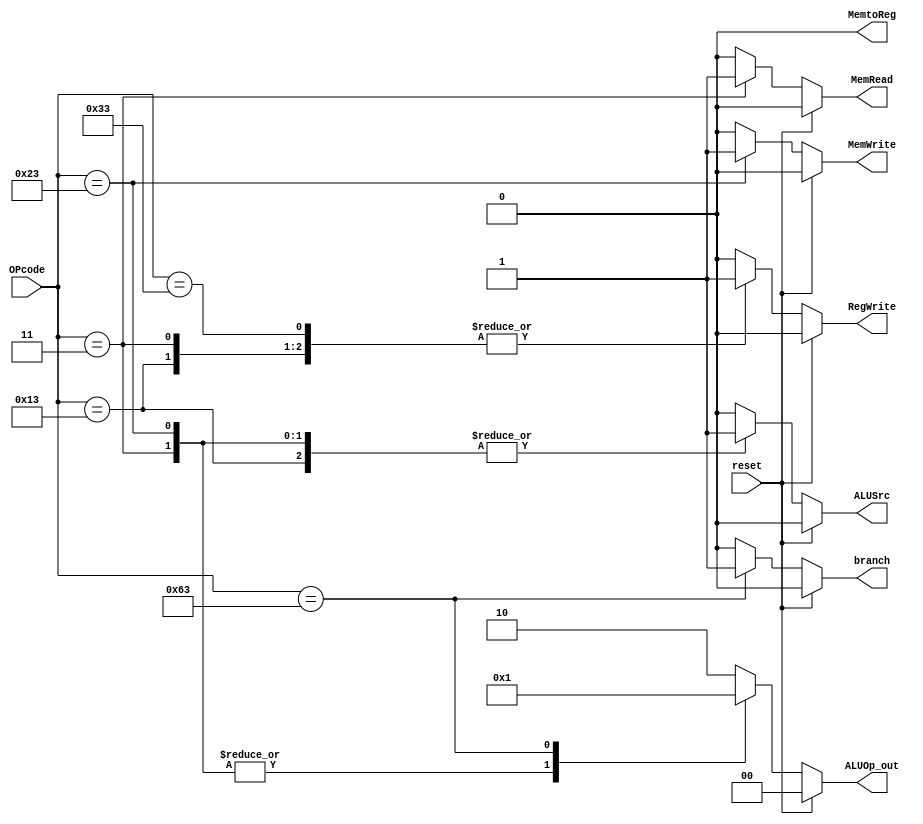
// async control signal generation unit based on mem_writecode
// input: 6 bits mem_writecode
// output: all 1 bit except alu_mem_write which is 2-bits wide
//module control (opcode, reg_dest, jump, branch, mem_read, mem_to_reg, aluop, mem_write, alusrc, reg_write);
//	input [5:0] opcode;
//	output reg_dest, jump, branch, mem_read, mem_to_reg, mem_write, alusrc, reg_write;
//	output [1:0] aluop;
//
//	assign reg_dest=(~opcode[5])&(~opcode[4])&(~opcode[3])&(~opcode[2])&(~opcode[1])&(~opcode[0]);//000000
//	assign jump=(~opcode[5])&(~opcode[4])&(~opcode[3])&(~opcode[2])&(opcode[1])&(~opcode[0]);//000010
//	assign branch=(~opcode[5])&(~opcode[4])&(~opcode[3])&(opcode[2])&(~opcode[1])&(~opcode[0]);//000100
//	assign mem_read=(opcode[5])&(~opcode[4])&(~opcode[3])&(~opcode[2])&(opcode[1])&(opcode[0]);//100011
//	assign mem_to_reg=(opcode[5])&(~opcode[4])&(~opcode[3])&(~opcode[2])&(opcode[1])&(opcode[0]);//100011
//	assign mem_write=(opcode[5])&(~opcode[4])&(opcode[3])&(~opcode[2])&(opcode[1])&(opcode[0]);//101011
//	assign alusrc=((~opcode[5])&(~opcode[4])&(opcode[3])&(~opcode[2])&(~opcode[1])&(~opcode[0])) | ((~opcode[5])&(~opcode[4])&(opcode[3])&(opcode[2])&(~opcode[1])&(~opcode[0])) | ((opcode[5])&(~opcode[4])&(~opcode[3])&(~opcode[2])&(opcode[1])&(opcode[0])) | (((opcode[5])&(~opcode[4])&(opcode[3])&(~opcode[2])&(opcode[1])&(opcode[0]))); //001000,001100,100011,101011
//	assign reg_write=(~opcode[5])&(~opcode[4])&(~opcode[3])&(~opcode[2])&(~opcode[1])&(~opcode[0]) | ((~opcode[5])&(~opcode[4])&(opcode[3])&(~opcode[2])&(~opcode[1])&(~opcode[0])) | ((~opcode[5])&(~opcode[4])&(opcode[3])&(opcode[2])&(~opcode[1])&(~opcode[0])) | ((opcode[5])&(~opcode[4])&(~opcode[3])&(~opcode[2])&(opcode[1])&(opcode[0]));//000000,001000,001100,100011
//	assign aluop[1]=((~opcode[5])&(~opcode[4])&(~opcode[3])&(~opcode[2])&(~opcode[1])&(~opcode[0]))|((~opcode[5])&(~opcode[4])&(opcode[3])&(opcode[2])&(~opcode[1])&(~opcode[0]));//000000, 001100(andi)
//	assign aluop[0]= ((~opcode[5])&(~opcode[4])&(~opcode[3])&(opcode[2])&(~opcode[1])&(~opcode[0]))|((~opcode[5])&(~opcode[4])&(opcode[3])&(opcode[2])&(~opcode[1])&(~opcode[0]));//000100,001100(andi)
//endmodule


module control (reset, OPcode, branch, MemRead, MemtoReg, MemWrite, ALUSrc, RegWrite, ALUOp_out);
	input reset;
	input [6:0] OPcode;
	output reg branch, MemRead, MemtoReg, MemWrite, ALUSrc, RegWrite;
	output reg [1:0] ALUOp_out;
	
	always @(*) 
	begin
		if (reset)
		begin
			{branch, MemRead, MemtoReg, MemWrite, ALUSrc, RegWrite, ALUOp_out} <= 7'b0000000;
		end
		else
		case (OPcode)
			7'b0110011: // For  R_Type instruction
			begin
				branch <= 0;
				MemRead <=0;
				MemtoReg <=0;
				MemWrite <=0;
				ALUSrc <=0;
				RegWrite <= 1;
				ALUOp_out <= 2'b10;
			end
			7'b0000011: // Load instruction
			begin
				ALUSrc <=1;
				MemtoReg <=0;    //FIxed 1->0 for lw
				RegWrite <= 1;
				MemRead <=1;
				MemWrite <=0;
				branch <= 0;											
				ALUOp_out <= 2'b00;
			end
			7'b0010011: // Use for Immediate Addi, 
			begin
				ALUSrc <=1;
				MemtoReg <=0;
				RegWrite <= 1;
				MemRead <=0;
				MemWrite <=0;
				branch <= 0;											
				ALUOp_out <= 2'b10;
			end
			7'b0100011: // Store instruction
			begin
				ALUSrc <=1;
				MemtoReg <=0;
				RegWrite <= 0;
				MemRead <=0;
				MemWrite <=1;
				branch <= 0;											
				ALUOp_out <= 2'b00;
			end
			7'b1100011: // Branch-equal instruction
			begin
				ALUSrc <=0;
				MemtoReg <=0;
				RegWrite <= 0;
				MemRead <=0;
				MemWrite <=0;
				branch <= 1;											
				ALUOp_out <= 2'b01;
			end
			default: // same R-type
			begin
				ALUSrc <=0;
				MemtoReg <=0;
				RegWrite <= 0;
				MemRead <=0;
				MemWrite <=0;
				branch <= 0;											
				ALUOp_out <= 2'b10;
			end
		endcase
	end
	
endmodule